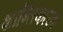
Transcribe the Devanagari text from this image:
शान्तिकारक